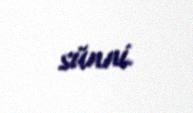
sünni.